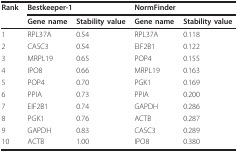
| Rank | <COLSPAN=2> Bestkeeper-1 | <COLSPAN=2> NormFinder |
 |  | Gene name | Stability value | Gene name | Stability value |
 | --- | --- | --- | --- | --- |
 | 1 | RPL37A | 0.54 | RPL37A | 0.118 |
 | 2 | CASC3 | 0.54 | EIF2B1 | 0.122 |
 | 3 | MRPL19 | 0.65 | POP4 | 0.155 |
 | 4 | IPO8 | 0.66 | MRPL19 | 0.163 |
 | 5 | POP4 | 0.70 | PGK1 | 0.169 |
 | 6 | PPIA | 0.73 | PPIA | 0.200 |
 | 7 | EIF2B1 | 0.74 | GAPDH | 0.286 |
 | 8 | PGK1 | 0.76 | ACTB | 0.287 |
 | 9 | GAPDH | 0.83 | CASC3 | 0.289 |
 | 10 | ACTB | 1.00 | IPO8 | 0.380 |